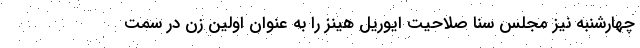
چهارشنبه نیز مجلس سنا صلاحیت ایوریل هینز را به عنوان اولین زن در سمت